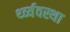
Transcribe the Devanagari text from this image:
र्थ्व्यवस्था